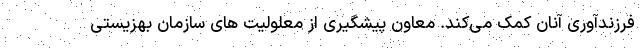
فرزندآوری آنان کمک می‌کند. معاون پیشگیری از معلولیت های سازمان بهزیستی